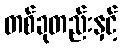
တစ်ခုတည်းနှင့်